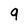
Character: 9